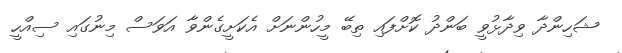
ޝަހިންދާ ވިދާޅުވީ ބަންދު ކޮށްފައި ތިބޭ މީހުންނަށް އެކަށީގެންވާ އަވަސް މިނުގައި ސިއްހީ